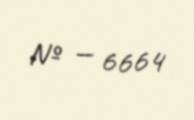
№ — 6664